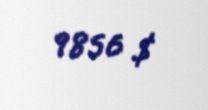
9856 $